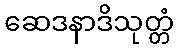
ဆေဒနာဒိသုတ္တံ